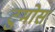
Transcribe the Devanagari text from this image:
टुमोस